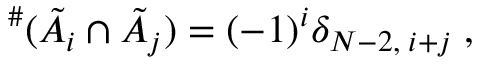
{ } ^ { \# } ( \tilde { A } _ { i } \cap \tilde { A } _ { j } ) = ( - 1 ) ^ { i } \delta _ { N - 2 , \; i + j } \; ,